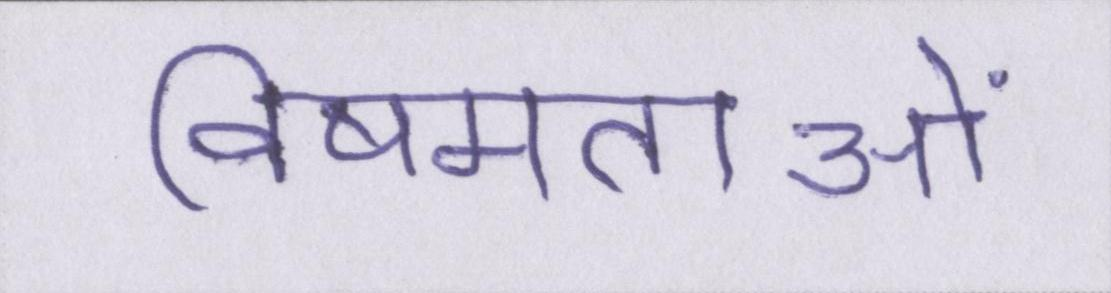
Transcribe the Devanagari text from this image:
विषमताओं